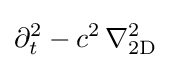
\partial _{t}^{2}-c^{2}\,\nabla _{\text{2D}}^{2}